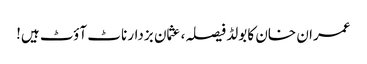
عمران خان کا بولڈ فیصلہ، عثمان بزدار ناٹ آؤٹ ہیں!